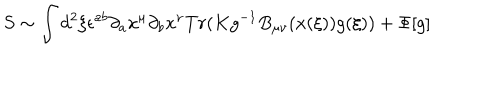
LaTeX: S \sim \int d ^ { 2 } \xi \epsilon ^ { a b } \partial _ { a } x ^ { \mu } \partial _ { b } x ^ { \nu } T r ( K g ^ { - 1 } B _ { \mu \nu } ( x ( \xi ) ) g ( \xi ) ) + \Phi [ g ]